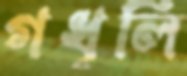
গধূলি